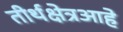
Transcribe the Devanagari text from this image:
तीर्थक्षेत्रआहे